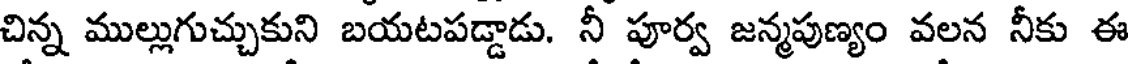
చిన్న ముల్లుగుచ్చుకుని బయటపడ్డాడు. నీ పూర్వ జన్మపుణ్యం వలన నీకు ఈ